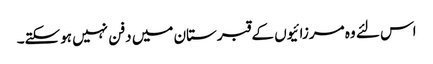
اس لئے وہ مرزائیوں کے قبرستان میں دفن نہیں ہوسکتے۔